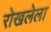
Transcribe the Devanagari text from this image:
रोखलेला